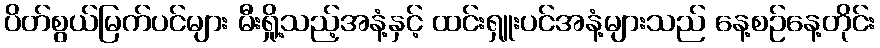
ပိတ်စွယ်မြက်ပင်များ မီးရှို့သည့်အနံ့နှင့် ထင်းရှူးပင်အနံ့များသည် နေ့စဉ်နေ့တိုင်း